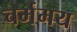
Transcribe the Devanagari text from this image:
चर्ममय